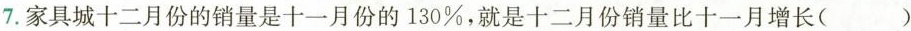
7. 家具城十二月份的销量是十一月份的130%，就是十二月份销量比十一月增长( )